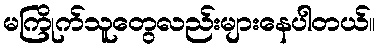
မကြိုက်သူတွေလည်းများနေပါတယ်။